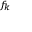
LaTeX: \scriptstyle f _ { k }